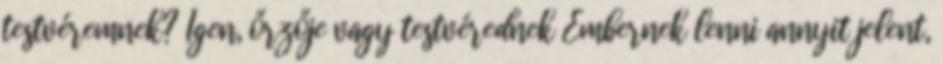
testvéremnek? Igen, őrzője vagy testvérednek Embernek lenni annyit jelent,